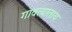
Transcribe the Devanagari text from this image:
गावत्याताय